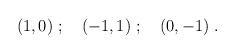
LaTeX: \begin{align*}(1,0)\ ; \quad (-1,1)\ ; \quad (0, -1)\ .\end{align*}